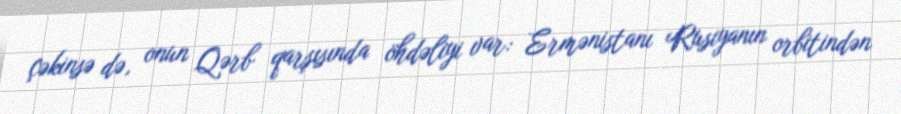
çəkinsə də, onun Qərb qarşısında öhdəliyi var: Ermənistanı Rusiyanın orbitindən